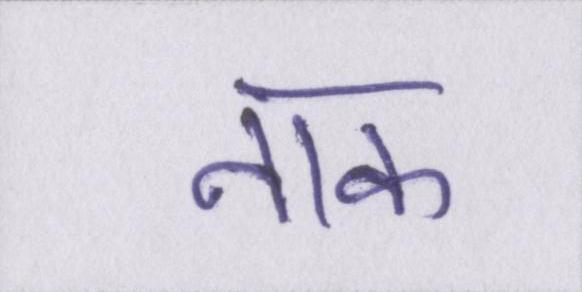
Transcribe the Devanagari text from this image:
नाक